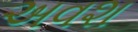
અવશ